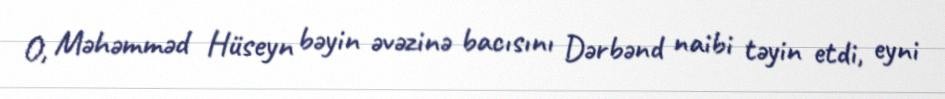
O, Məhəmməd Hüseyn bəyin əvəzinə bacısını Dərbənd naibi təyin etdi, eyni